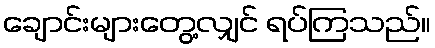
ချောင်းများတွေ့လျှင် ရပ်ကြသည်။